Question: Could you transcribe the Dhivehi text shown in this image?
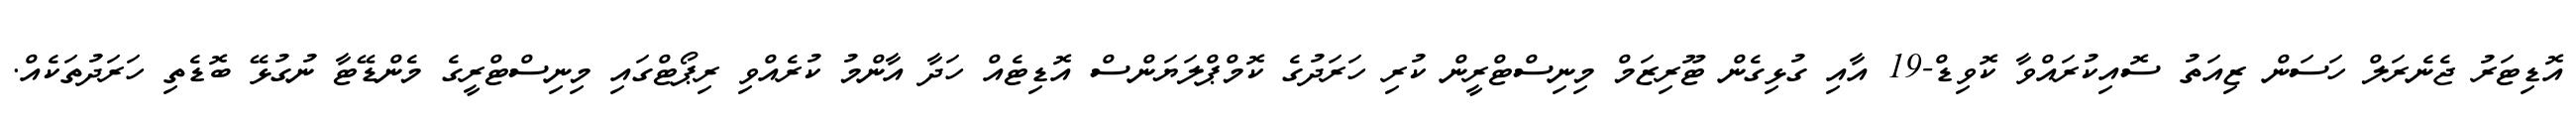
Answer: އޮޑިޓަރު ޖެނެރަލް ހަސަން ޒިއަތު ސޮއިކުރައްވާ ކޮވިޑް-19 އާއި ގުޅިގެން ޓޫރިޒަމް މިނިސްޓްރީން ކުރި ހަރަދުގެ ކޮމްޕްލަޔަންސް އޮޑިޓެއް ހަދާ އާންމު ކުރެއްވި ރިޕޯޓްގައި މިނިސްޓްރީގެ މެންޑޭޓާ ނުގުޅޭ ބޮޑެތި ހަރަދުތަކެއް.